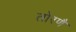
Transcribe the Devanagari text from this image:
तोरणै